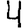
Digit: 4